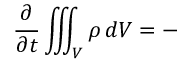
{ \frac { \partial } { \partial t } } \iiint _ { V } \rho \, d V = - \, { }